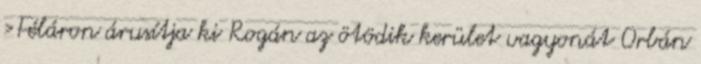
›Féláron árusítja ki Rogán az ötödik kerület vagyonát Orbán